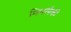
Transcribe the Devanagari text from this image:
मिमांपैकी